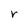
Character: r